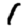
Digit: 1